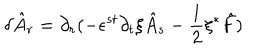
LaTeX: \delta \hat { A } _ { r } = \partial _ { r } ( - \epsilon ^ { s t } \partial _ { t } \xi \hat { A } _ { s } - \frac { 1 } { 2 } \xi { ^ \ast } \hat { F } )